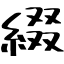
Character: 綴